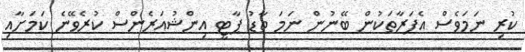
ކުރި ނަމަވެސް އެފަރާތަކުން ބޭނުން ނަމަ ތާޑު ޕާޓީ އިންޝުއަރެންސް ކުރެވޭނެ ކަމަށާއި